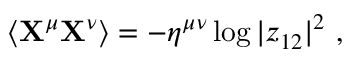
\langle { \bf X } ^ { \mu } { \bf X } ^ { \nu } \rangle = - \eta ^ { \mu \nu } \log | z _ { 1 2 } | ^ { 2 } ~ ,